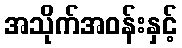
အသိုက်အဝန်းနှင့်